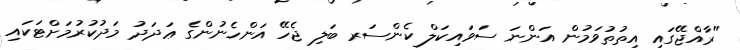
"ރާއްޖޭގައި އިތުތުވަމުން އަންނަ ސަވައިކަލް ކެންސަރ ބަލި ޖެހޭ އަންހެނުންގެ ޢަދަދު މަދުކުރުމަށްޓަކައި